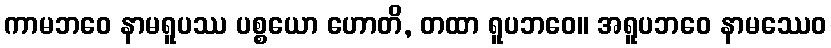
ကာမဘဝေ နာမရူပဿ ပစ္စယော ဟောတိ, တထာ ရူပဘဝေ။ အရူပဘဝေ နာမဿေဝ